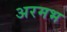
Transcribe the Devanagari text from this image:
अरमभ